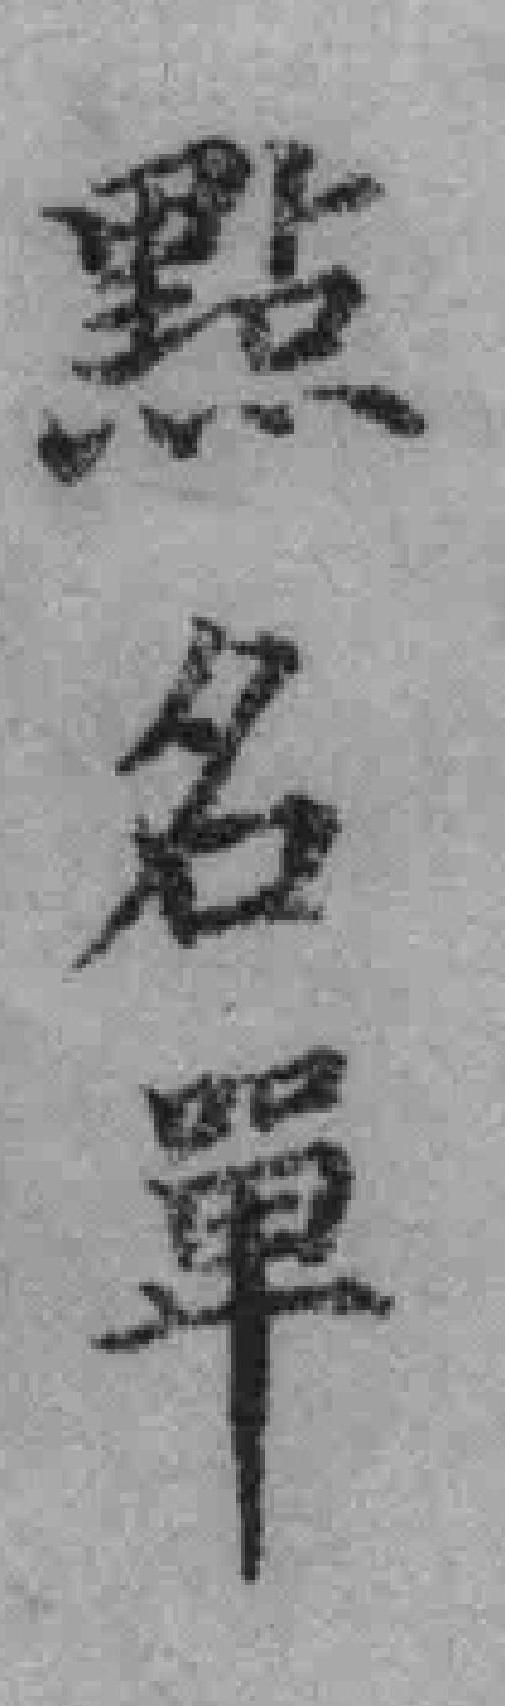
點名單